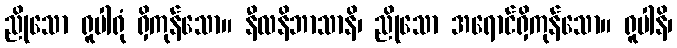
ညိုသော ရူပါရုံ ရှိကုန်သော။ နီလနိဘာသာနိ၊ ညိုသော အရောင်ရှိကုန်သော။ ရူပါနိ၊